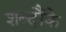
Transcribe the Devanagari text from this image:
शब्दौंके